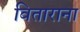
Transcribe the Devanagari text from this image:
विताराना